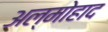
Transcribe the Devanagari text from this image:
अल्मोहाद